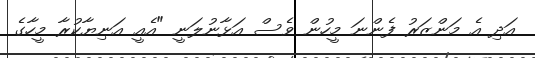
އަދި އެ މަންޒަރު ފެންނަ މީހުން ވެސް އަޅާނުލަނީ "އެއީ އަނިޔާކުރާ މީހާގެ